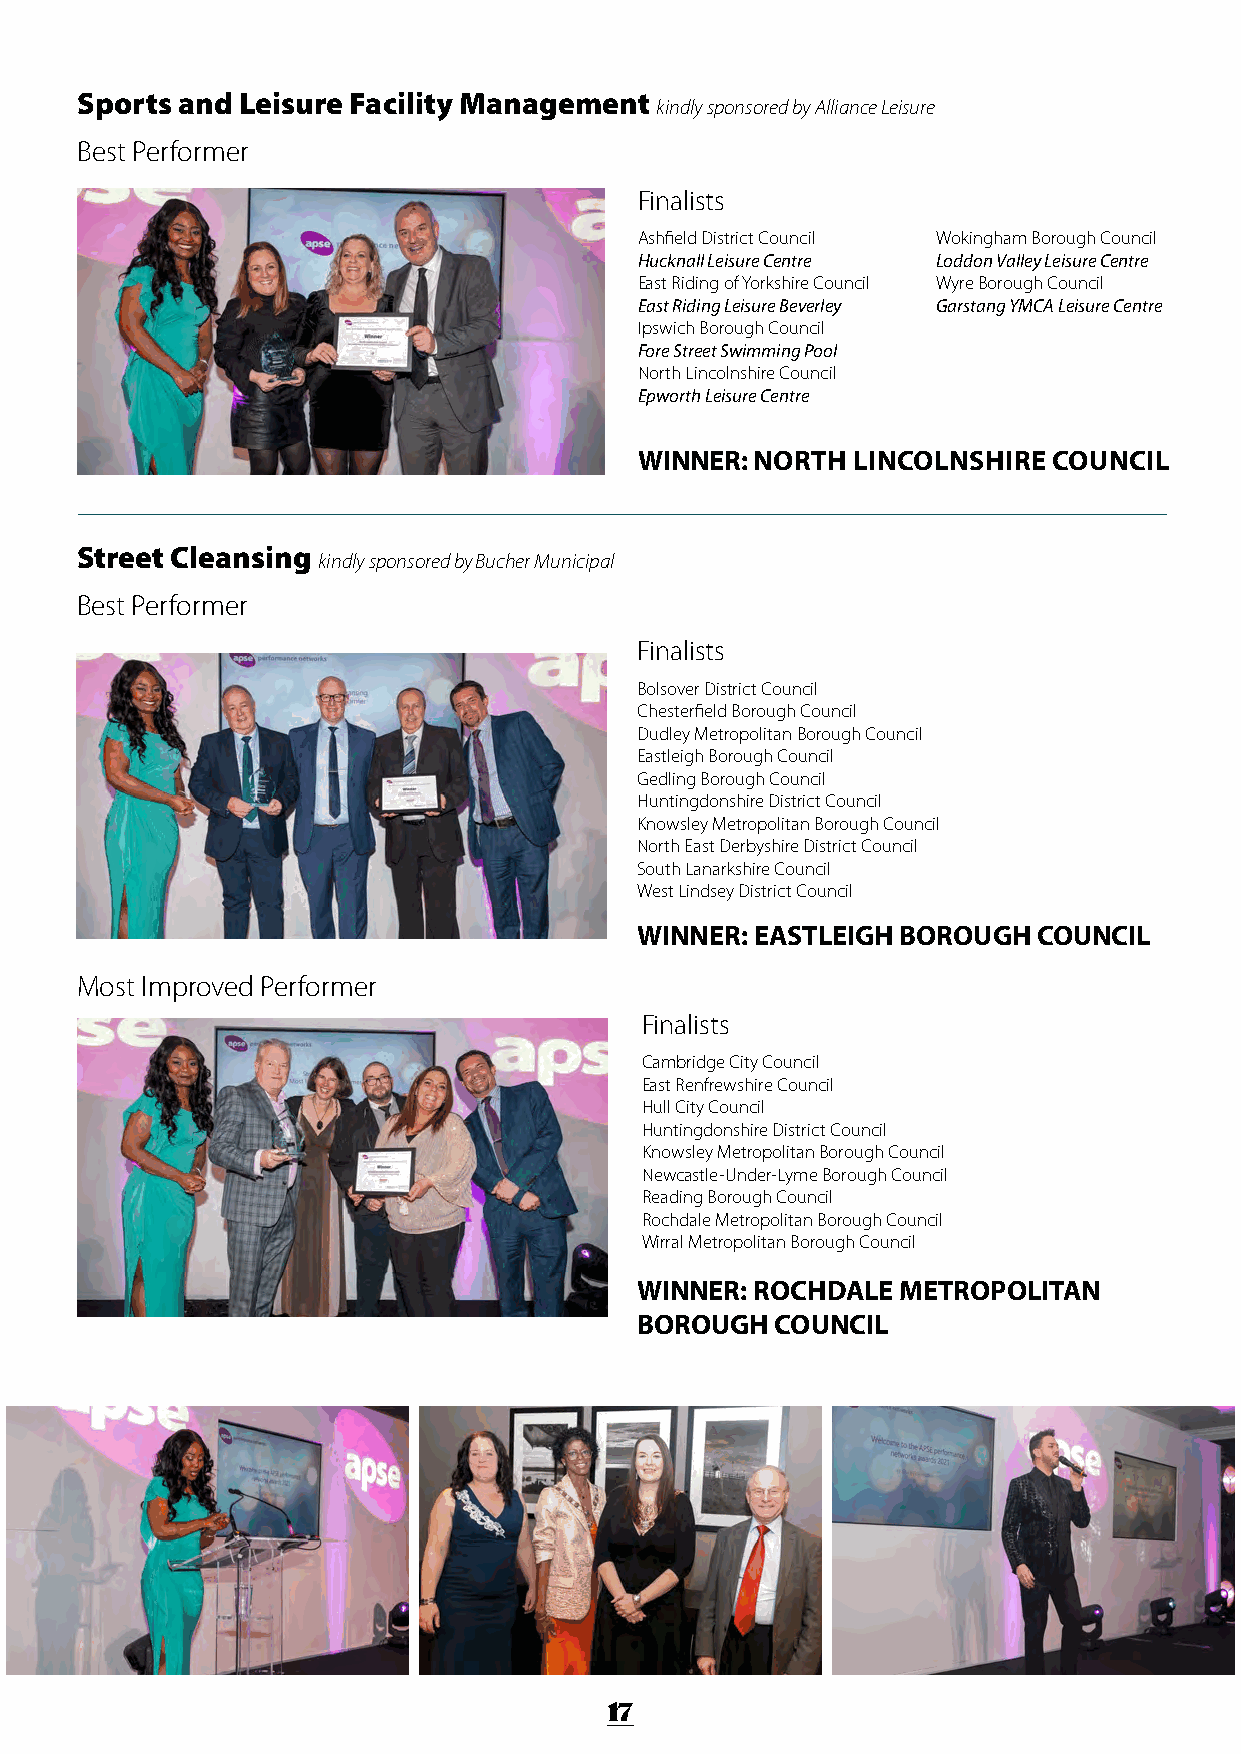
Sports and Leisure Facility Management
 kindly sponsored by Alliance Leisure
 Best Performer
 Finalists
 Ashfield District Council Wokingham Borough Council
 Hucknall Leisure Centre Loddon Valley Leisure Centre
 East Riding of Yorkshire Council Wyre Borough Council
 East Riding Leisure Beverley Garstang YMCA Leisure Centre
 Ipswich Borough Council
 Fore Street Swimming Pool
 North Lincolnshire Council
 Epworth Leisure Centre
 WINNER: NORTH  LINCOLNSHIRE COUNCIL
 Street Cleansing
 kindly sponsored by Bucher Municipal
 Best Performer
 Finalists
 Bolsover District Council
 Chesterfield Borough Council
 Dudley Metropolitan Borough Council
 Eastleigh Borough Council
 Gedling Borough Council
 Huntingdonshire District Council
 Knowsley Metropolitan Borough Council
 North East Derbyshire District Council
 South Lanarkshire Council
 West Lindsey District Council
 WINNER: EASTLEIGH BOROUGH  COUNCIL
 Most Improved Performer
 Finalists
 Cambridge City Council
 East Renfrewshire Council
 Hull City Council
 Huntingdonshire District Council
 Knowsley Metropolitan Borough Council
 Newcastle-Under-Lyme Borough Council
 Reading Borough Council
 Rochdale Metropolitan Borough Council
 Wirral Metropolitan Borough Council
 WINNER: ROCHDALE METROPOLITAN
 BOROUGH  COUNCIL
 17